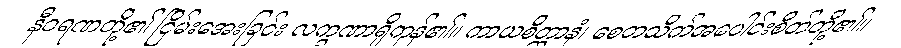
နီဝရဏတို့၏ ငြိမ်းအေးခြင်း လက္ခဏာရှိကုန်၏။ ကာယစိတ္တာနံ၊ စေတသိက်အပေါင်းစိတ်တို့၏။